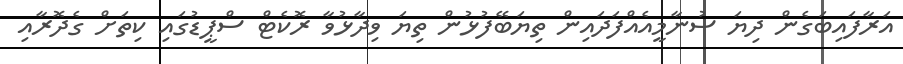
އަރާފައިބަގެން ދިޔަ ސުނާމީއެއްފަދައިން ތިޔަބޭފުޅުން ތިޔަ ވިދާޅުވާ ރޮކެޓް ސްޕީޑުގައި ކިތަށް ގެދޮރާއި